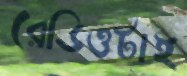
রেডিওটাই